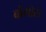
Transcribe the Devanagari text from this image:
बोंगोस